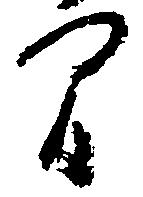
間